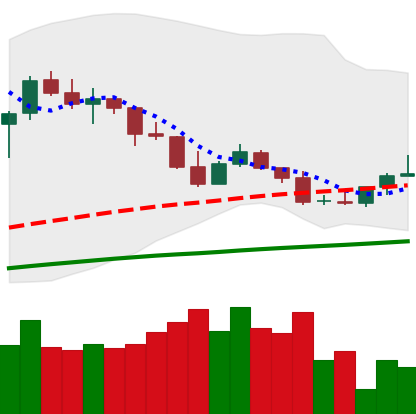
Ticker: TRX-USD
Chart end date: 2020-09-26
Forward return: -6.073%
Label: down_5_7